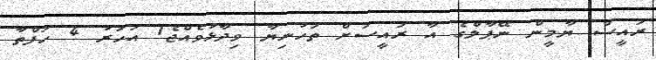
ރައީސް ޔާމީން ނޭޕާލްގެ އާ ރައީސަށް ތަހުނިޔާ ވިދާޅުވެއްޖެ1 އަހަރު 4 ހަފްތާ